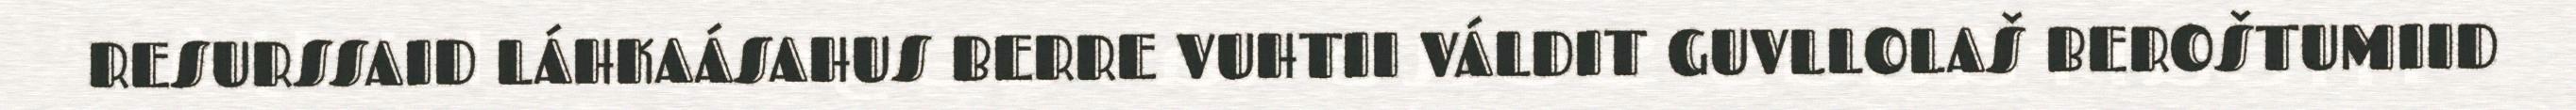
RESURSSAID LÁHKAÁSAHUS BERRE VUHTII VÁLDIT GUVLLOLAŠ BEROŠTUMIID